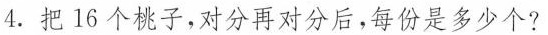
4.把16个桃子，对分再对分后，每份是多少个?